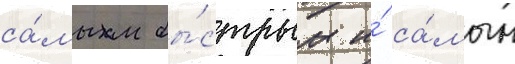
са́мым бы́стрым и́ са́мым